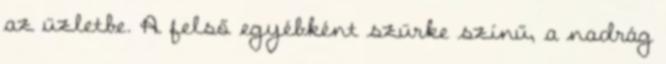
az üzletbe. A felső egyébként szürke színű, a nadrág